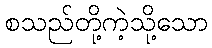
စသည်တို့ကဲ့သို့သော